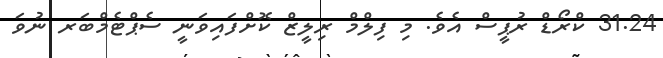
31.24 ކްރޯޑް ރުޕީސް އެވެ. މި ފިލްމް ރިލީޒް ކޮށްފައިވަނީ ސެޕްޓެމްބަރ ނުވަ